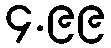
၄.၉၉